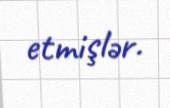
etmişlər.